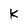
Character: K